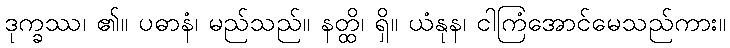
ဒုက္ခဿ၊ ၏။ ပဓာနံ၊ မည်သည်။ နတ္ထိ၊ ရှိ။ ယံနုန၊ ငါကြံအောင်မေသည်ကား။